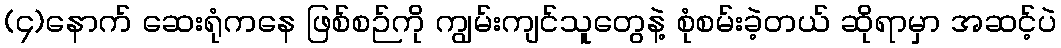
(၄)နောက် ဆေးရုံကနေ ဖြစ်စဉ်ကို ကျွမ်းကျင်သူတွေနဲ့ စုံစမ်းခဲ့တယ် ဆိုရာမှာ အဆင့်ပဲ